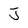
Character: J